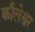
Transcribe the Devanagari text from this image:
कौलेश्वर